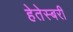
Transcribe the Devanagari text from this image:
हेतेस्बरी